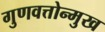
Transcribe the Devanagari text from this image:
गुणवत्तोन्मुख